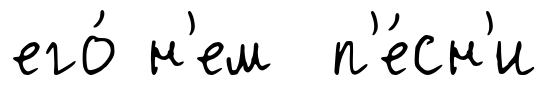
его́ н'ем п'е́сн'и